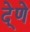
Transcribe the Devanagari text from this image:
दे्णे